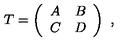
T = \left( \begin{array} { c c } { A } & { B } \\ { C } & { D } \\ \end{array} \right) \ ,